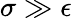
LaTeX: \sigma\gg\epsilon